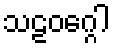
သဠဝဂ္ဂေါ